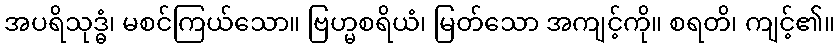
အပရိသုဒ္ဓံ၊ မစင်ကြယ်သော။ ဗြဟ္မစရိယံ၊ မြတ်သော အကျင့်ကို။ စရတိ၊ ကျင့်၏။